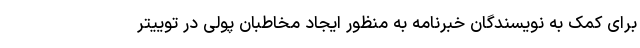
برای کمک به نویسندگان خبرنامه به منظور ایجاد مخاطبان پولی در توییتر